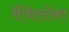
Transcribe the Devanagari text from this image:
मैथिलोंका